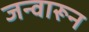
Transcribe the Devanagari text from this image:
जन्वारून